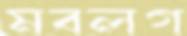
মবলগ